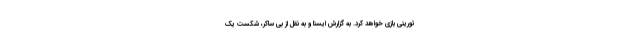
تورینی بازی خواهد کرد. به گزارش ایسنا و به نقل از بی ساکر، شکست یک